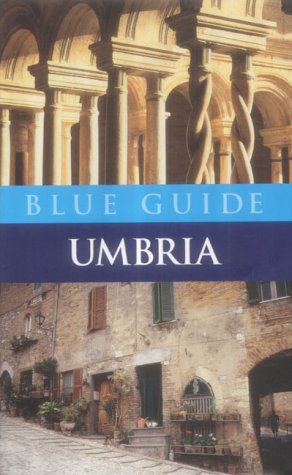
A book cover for Umbria (Blue Guides); Alta Macadam; Travel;